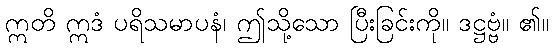
ဣတိ ဣဒံ ပရိသမာပနံ၊ ဤသို့သော ပြီးခြင်းကို။ ဒဋ္ဌဗ္ဗံ။ ၏။